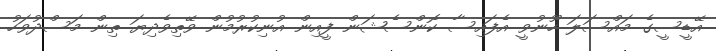
އޭޑީސީގެ މައްސަލަ ހޫނުވީ އެފައިސާ ކޮންސެޝަން ފީއިން އުނިކުރުމުން ވޭތިވެދިޔަ ތިން މަސްދުވަހު